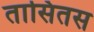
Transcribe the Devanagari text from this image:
तासितस